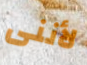
لأننى